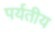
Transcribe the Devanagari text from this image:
पर्यतीय